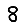
Digit: 8